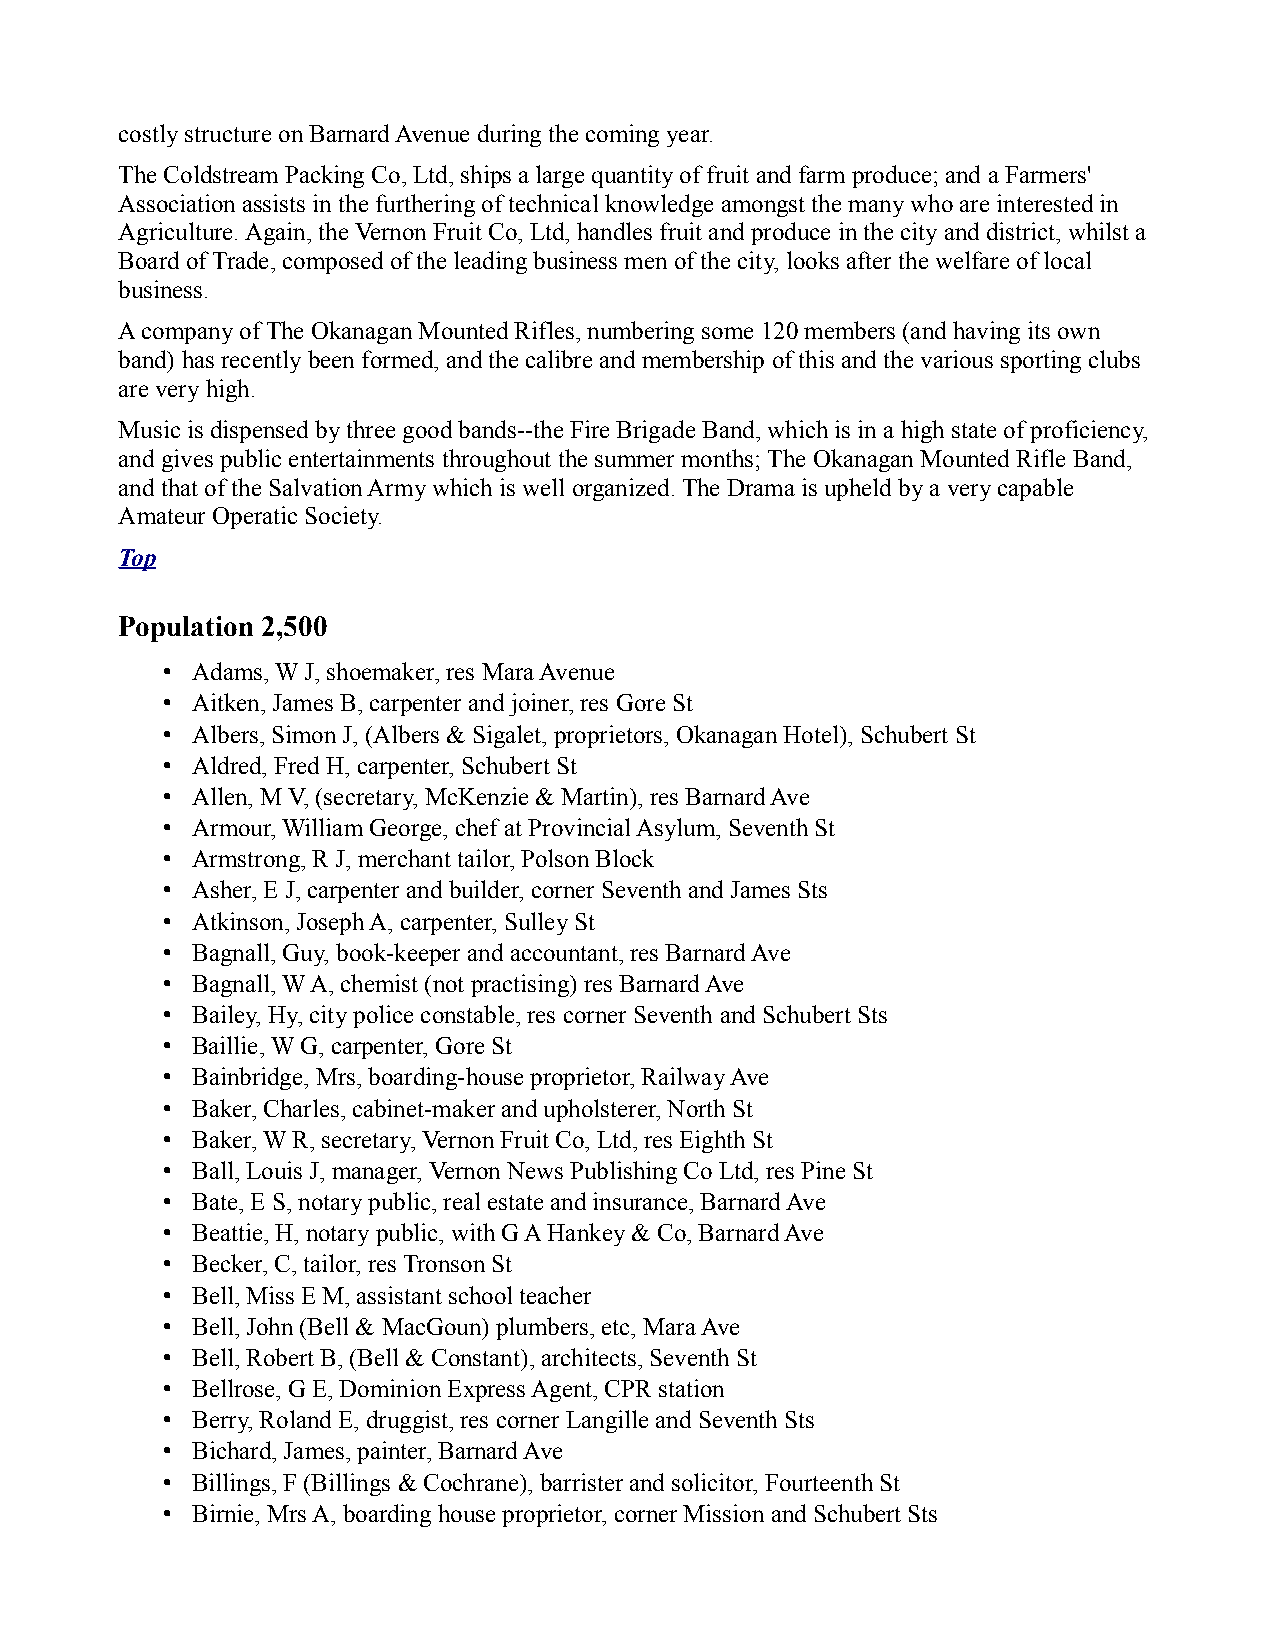
costly structure on Barnard Avenue during the coming year.
 The Coldstream Packing Co, Ltd, ships a large quantity of fruit and farm produce; and a Farmers'
 Association assists in the furthering of technical knowledge amongst the many who are interested in
 Agriculture. Again, the Vernon Fruit Co, Ltd, handles fruit and produce in the city and district, whilst a
 Board of Trade, composed of the leading business men of the city, looks after the welfare of local
 business.
 A company of The Okanagan Mounted Rifles, numbering some 120 members (and having its own
 band) has recently been formed, and the calibre and membership of this and the various sporting clubs
 are very high.
 Music is dispensed by three good bands--the Fire Brigade Band, which is in a high state of proficiency,
 and gives public entertainments throughout the summer months; The Okanagan Mounted Rifle Band,
 and that of the Salvation Army which is well organized. The Drama is upheld by a very capable
 Amateur Operatic Society.
 Top
 Population 2,500
 • Adams, W J, shoemaker, res Mara Avenue
 • Aitken, James B, carpenter and joiner, res Gore St
 • Albers, Simon J, (Albers & Sigalet, proprietors, Okanagan Hotel), Schubert St
 • Aldred, Fred H, carpenter, Schubert St
 • Allen, M V, (secretary, McKenzie & Martin), res Barnard Ave
 • Armour, William George, chef at Provincial Asylum, Seventh St
 • Armstrong, R J, merchant tailor, Polson Block
 • Asher, E J, carpenter and builder, corner Seventh and James Sts
 • Atkinson, Joseph A, carpenter, Sulley St
 • Bagnall, Guy, book-keeper and accountant, res Barnard Ave
 • Bagnall, W A, chemist (not practising) res Barnard Ave
 • Bailey, Hy, city police constable, res corner Seventh and Schubert Sts
 • Baillie, W G, carpenter, Gore St
 • Bainbridge, Mrs, boarding-house proprietor, Railway Ave
 • Baker, Charles, cabinet-maker and upholsterer, North St
 • Baker, W R, secretary, Vernon Fruit Co, Ltd, res Eighth St
 • Ball, Louis J, manager, Vernon News Publishing Co Ltd, res Pine St
 • Bate, E S, notary public, real estate and insurance, Barnard Ave
 • Beattie, H, notary public, with G A Hankey & Co, Barnard Ave
 • Becker, C, tailor, res Tronson St
 • Bell, Miss E M, assistant school teacher
 • Bell, John (Bell & MacGoun) plumbers, etc, Mara Ave
 • Bell, Robert B, (Bell & Constant), architects, Seventh St
 • Bellrose, G E, Dominion Express Agent, CPR station
 • Berry, Roland E, druggist, res corner Langille and Seventh Sts
 • Bichard, James, painter, Barnard Ave
 • Billings, F (Billings & Cochrane), barrister and solicitor, Fourteenth St
 • Birnie, Mrs A, boarding house proprietor, corner Mission and Schubert Sts